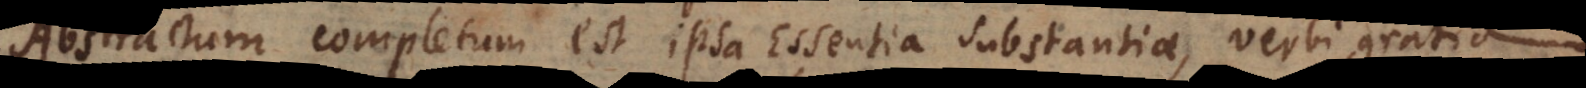
Abstractum completum est ipsa Essentia Substantiae, verbi gratia